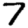
Digit: 7